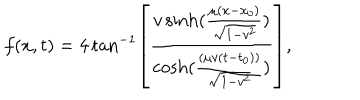
f ( x , t ) = 4 \tan ^ { - 1 } \left[ \frac { v \sinh ( \frac { \mu ( x - x _ { 0 } ) } { \sqrt { 1 - v ^ { 2 } } } ) } { \cosh ( \frac { ( \mu v ( t - t _ { 0 } ) ) } { \sqrt { 1 - v ^ { 2 } } } ) } \right] ,